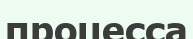
процесса